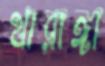
থারাঙ্গা